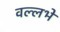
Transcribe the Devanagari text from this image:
वल्लभे